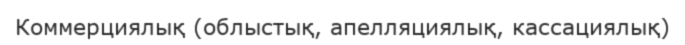
Коммерциялық (облыстық, апелляциялық, кассациялық)